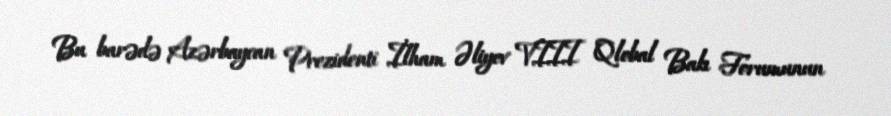
Bu barədə Azərbaycan Prezidenti İlham Əliyev VIII Qlobal Bakı Forumunun